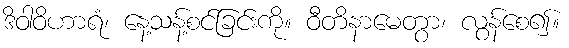
ဒိဝါဝိဟာရံ၊ နေ့သန့်စင်ခြင်းကို။ ဝီတိနာမေတွာ၊ လွန်စေ၍။